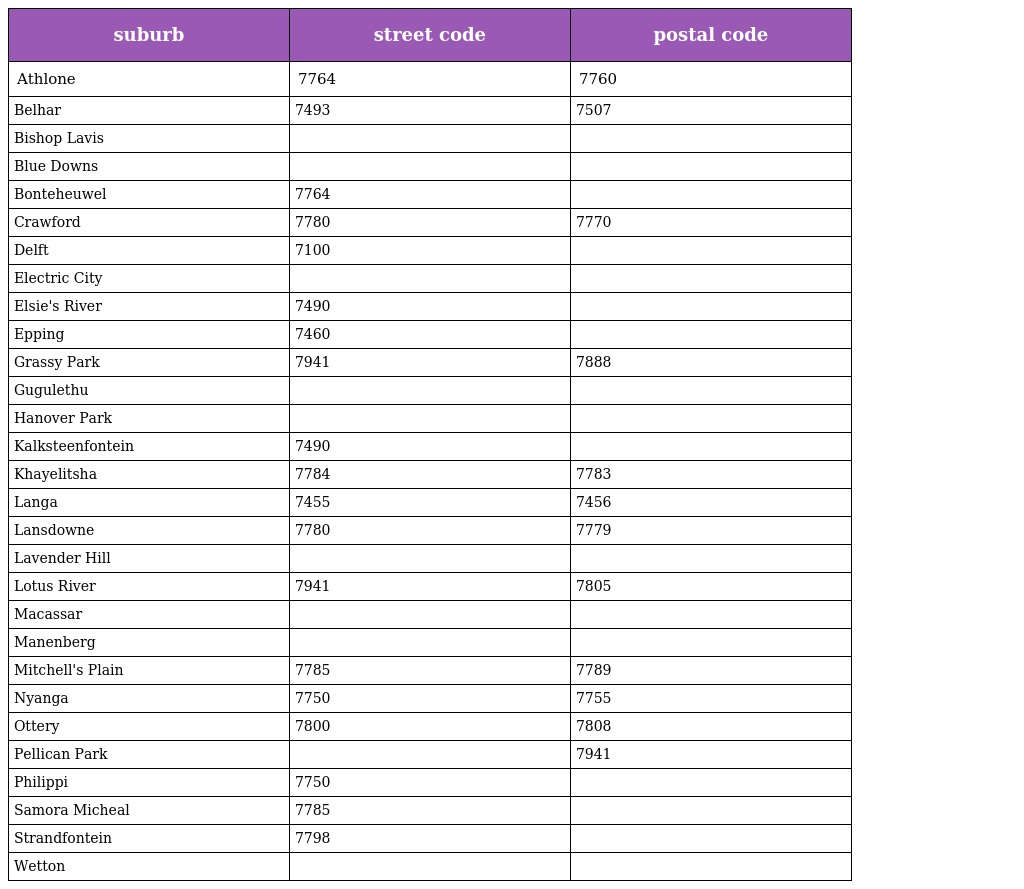
| suburb | street code | postal code |
 | --- | --- | --- |
 | Athlone | 7764 | 7760 |
 | Belhar | 7493 | 7507 |
 | Bishop Lavis |  |  |
 | Blue Downs |  |  |
 | Bonteheuwel | 7764 |  |
 | Crawford | 7780 | 7770 |
 | Delft | 7100 |  |
 | Electric City |  |  |
 | Elsie's River | 7490 |  |
 | Epping | 7460 |  |
 | Grassy Park | 7941 | 7888 |
 | Gugulethu |  |  |
 | Hanover Park |  |  |
 | Kalksteenfontein | 7490 |  |
 | Khayelitsha | 7784 | 7783 |
 | Langa | 7455 | 7456 |
 | Lansdowne | 7780 | 7779 |
 | Lavender Hill |  |  |
 | Lotus River | 7941 | 7805 |
 | Macassar |  |  |
 | Manenberg |  |  |
 | Mitchell's Plain | 7785 | 7789 |
 | Nyanga | 7750 | 7755 |
 | Ottery | 7800 | 7808 |
 | Pellican Park |  | 7941 |
 | Philippi | 7750 |  |
 | Samora Micheal | 7785 |  |
 | Strandfontein | 7798 |  |
 | Wetton |  |  |